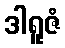
ဒါရူဇံ